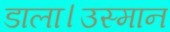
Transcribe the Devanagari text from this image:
डाला।उस्मान